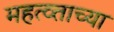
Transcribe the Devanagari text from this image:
महत्व्ताच्या